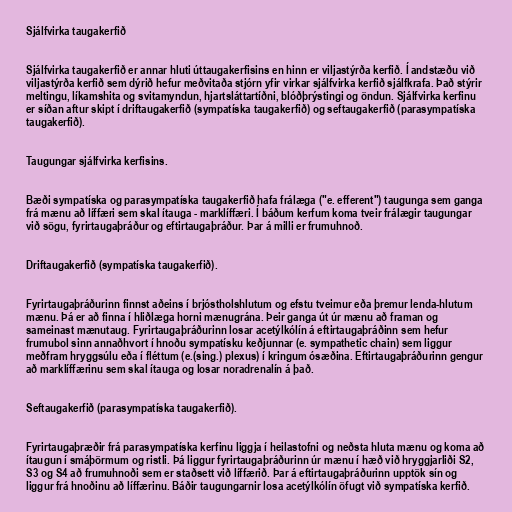
Sjálfvirka taugakerfið

Sjálfvirka taugakerfið er annar hluti úttaugakerfisins en hinn er viljastýrða kerfið. Í andstæðu við
viljastýrða kerfið sem dýrið hefur meðvitaða stjórn yfir virkar sjálfvirka kerfið sjálfkrafa. Það stýrir
meltingu, líkamshita og svitamyndun, hjartsláttartíðni, blóðþrýstingi og öndun. Sjálfvirka kerfinu
er síðan aftur skipt í driftaugakerfið (sympatíska taugakerfið) og seftaugakerfið (parasympatíska
taugakerfið).

Taugungar sjálfvirka kerfisins.

Bæði sympatíska og parasympatíska taugakerfið hafa frálæga ("e. efferent") taugunga sem ganga
frá mænu að líffæri sem skal ítauga - marklíffæri. Í báðum kerfum koma tveir frálægir taugungar
við sögu, fyrirtaugaþráður og eftirtaugaþráður. Þar á milli er frumuhnoð.

Driftaugakerfið (sympatíska taugakerfið).

Fyrirtaugaþráðurinn finnst aðeins í brjóstholshlutum og efstu tveimur eða þremur lenda-hlutum
mænu. Þá er að finna í hliðlæga horni mænugrána. Þeir ganga út úr mænu að framan og
sameinast mænutaug. Fyrirtaugaþráðurinn losar acetýlkólín á eftirtaugaþráðinn sem hefur
frumubol sinn annaðhvort í hnoðu sympatísku keðjunnar (e. sympathetic chain) sem liggur
meðfram hryggsúlu eða í fléttum (e.(sing.) plexus) í kringum ósæðina. Eftirtaugaþráðurinn gengur
að marklíffærinu sem skal ítauga og losar noradrenalín á það.

Seftaugakerfið (parasympatíska taugakerfið).

Fyrirtaugaþræðir frá parasympatíska kerfinu liggja í heilastofni og neðsta hluta mænu og koma að
ítaugun í smáþörmum og ristli. Þá liggur fyrirtaugaþráðurinn úr mænu í hæð við hryggjarliði S2,
S3 og S4 að frumuhnoði sem er staðsett við líffærið. Þar á eftirtaugaþráðurinn upptök sín og
liggur frá hnoðinu að líffærinu. Báðir taugungarnir losa acetýlkólín öfugt við sympatíska kerfið.